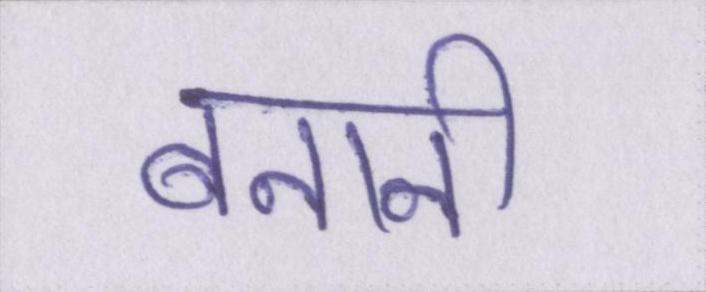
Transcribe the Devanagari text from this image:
बनानी